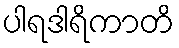
ပါရဒါရိကာတိ